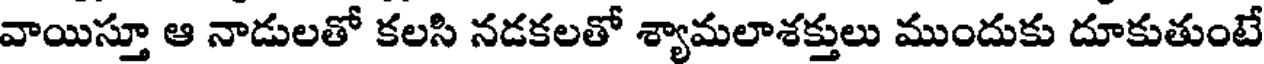
వాయిస్తూ ఆ నాడులతో కలసి నడకలతో శ్యామలాశక్తులు ముందుకు దూకుతుంటే